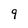
Character: 9